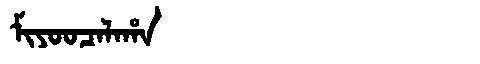
Manchu: ᠮᡳᠶᠣᠣᠴᠠᠯᠠᡥᠠ
Romanization: MIYOOCALAHA